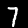
Digit: 7